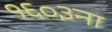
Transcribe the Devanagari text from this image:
१६०३ना